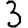
Digit: 3